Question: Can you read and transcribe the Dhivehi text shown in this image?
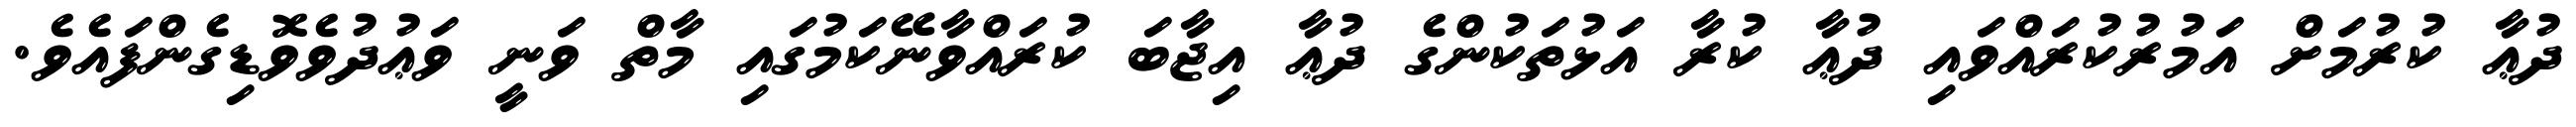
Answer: ދުޢާ ކުރުމަށް އަމުރުކުރައްވައި ދުޢާ ކުރާ އަޅުތަކުންގެ ދުޢާ އިޖާބަ ކުރައްވާނޭކަމުގައި މާތް ވަނީ ވަޢުދުވެވޮޑިގެންފައެވެ.